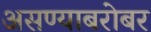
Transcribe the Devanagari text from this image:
असण्याबरोबर